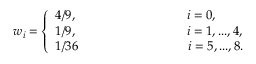
{ w } _ { i } = \left\{ \begin{array} { l l } { 4 / 9 , ~ ~ ~ ~ ~ ~ ~ ~ ~ ~ ~ ~ ~ ~ ~ ~ ~ ~ ~ ~ ~ ~ ~ ~ ~ ~ i = 0 , } \\ { 1 / 9 , ~ ~ ~ ~ ~ ~ ~ ~ ~ ~ ~ ~ ~ ~ ~ ~ ~ ~ ~ ~ ~ ~ ~ ~ ~ ~ i = 1 , . . . , 4 , } \\ { 1 / 3 6 ~ ~ ~ ~ ~ ~ ~ ~ ~ ~ ~ ~ ~ ~ ~ ~ ~ ~ ~ ~ ~ ~ ~ ~ ~ ~ i = 5 , . . . , 8 . } \end{array} \right.